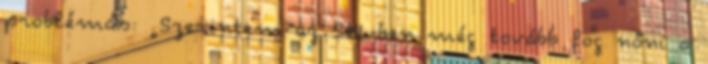
problémás: „Szerintem az SHL-ben még tovább fog nőni a